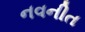
નવનીત